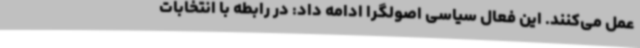
عمل می‌کنند. این فعال سیاسی اصولگرا ادامه داد: در رابطه با انتخابات